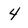
Character: 4